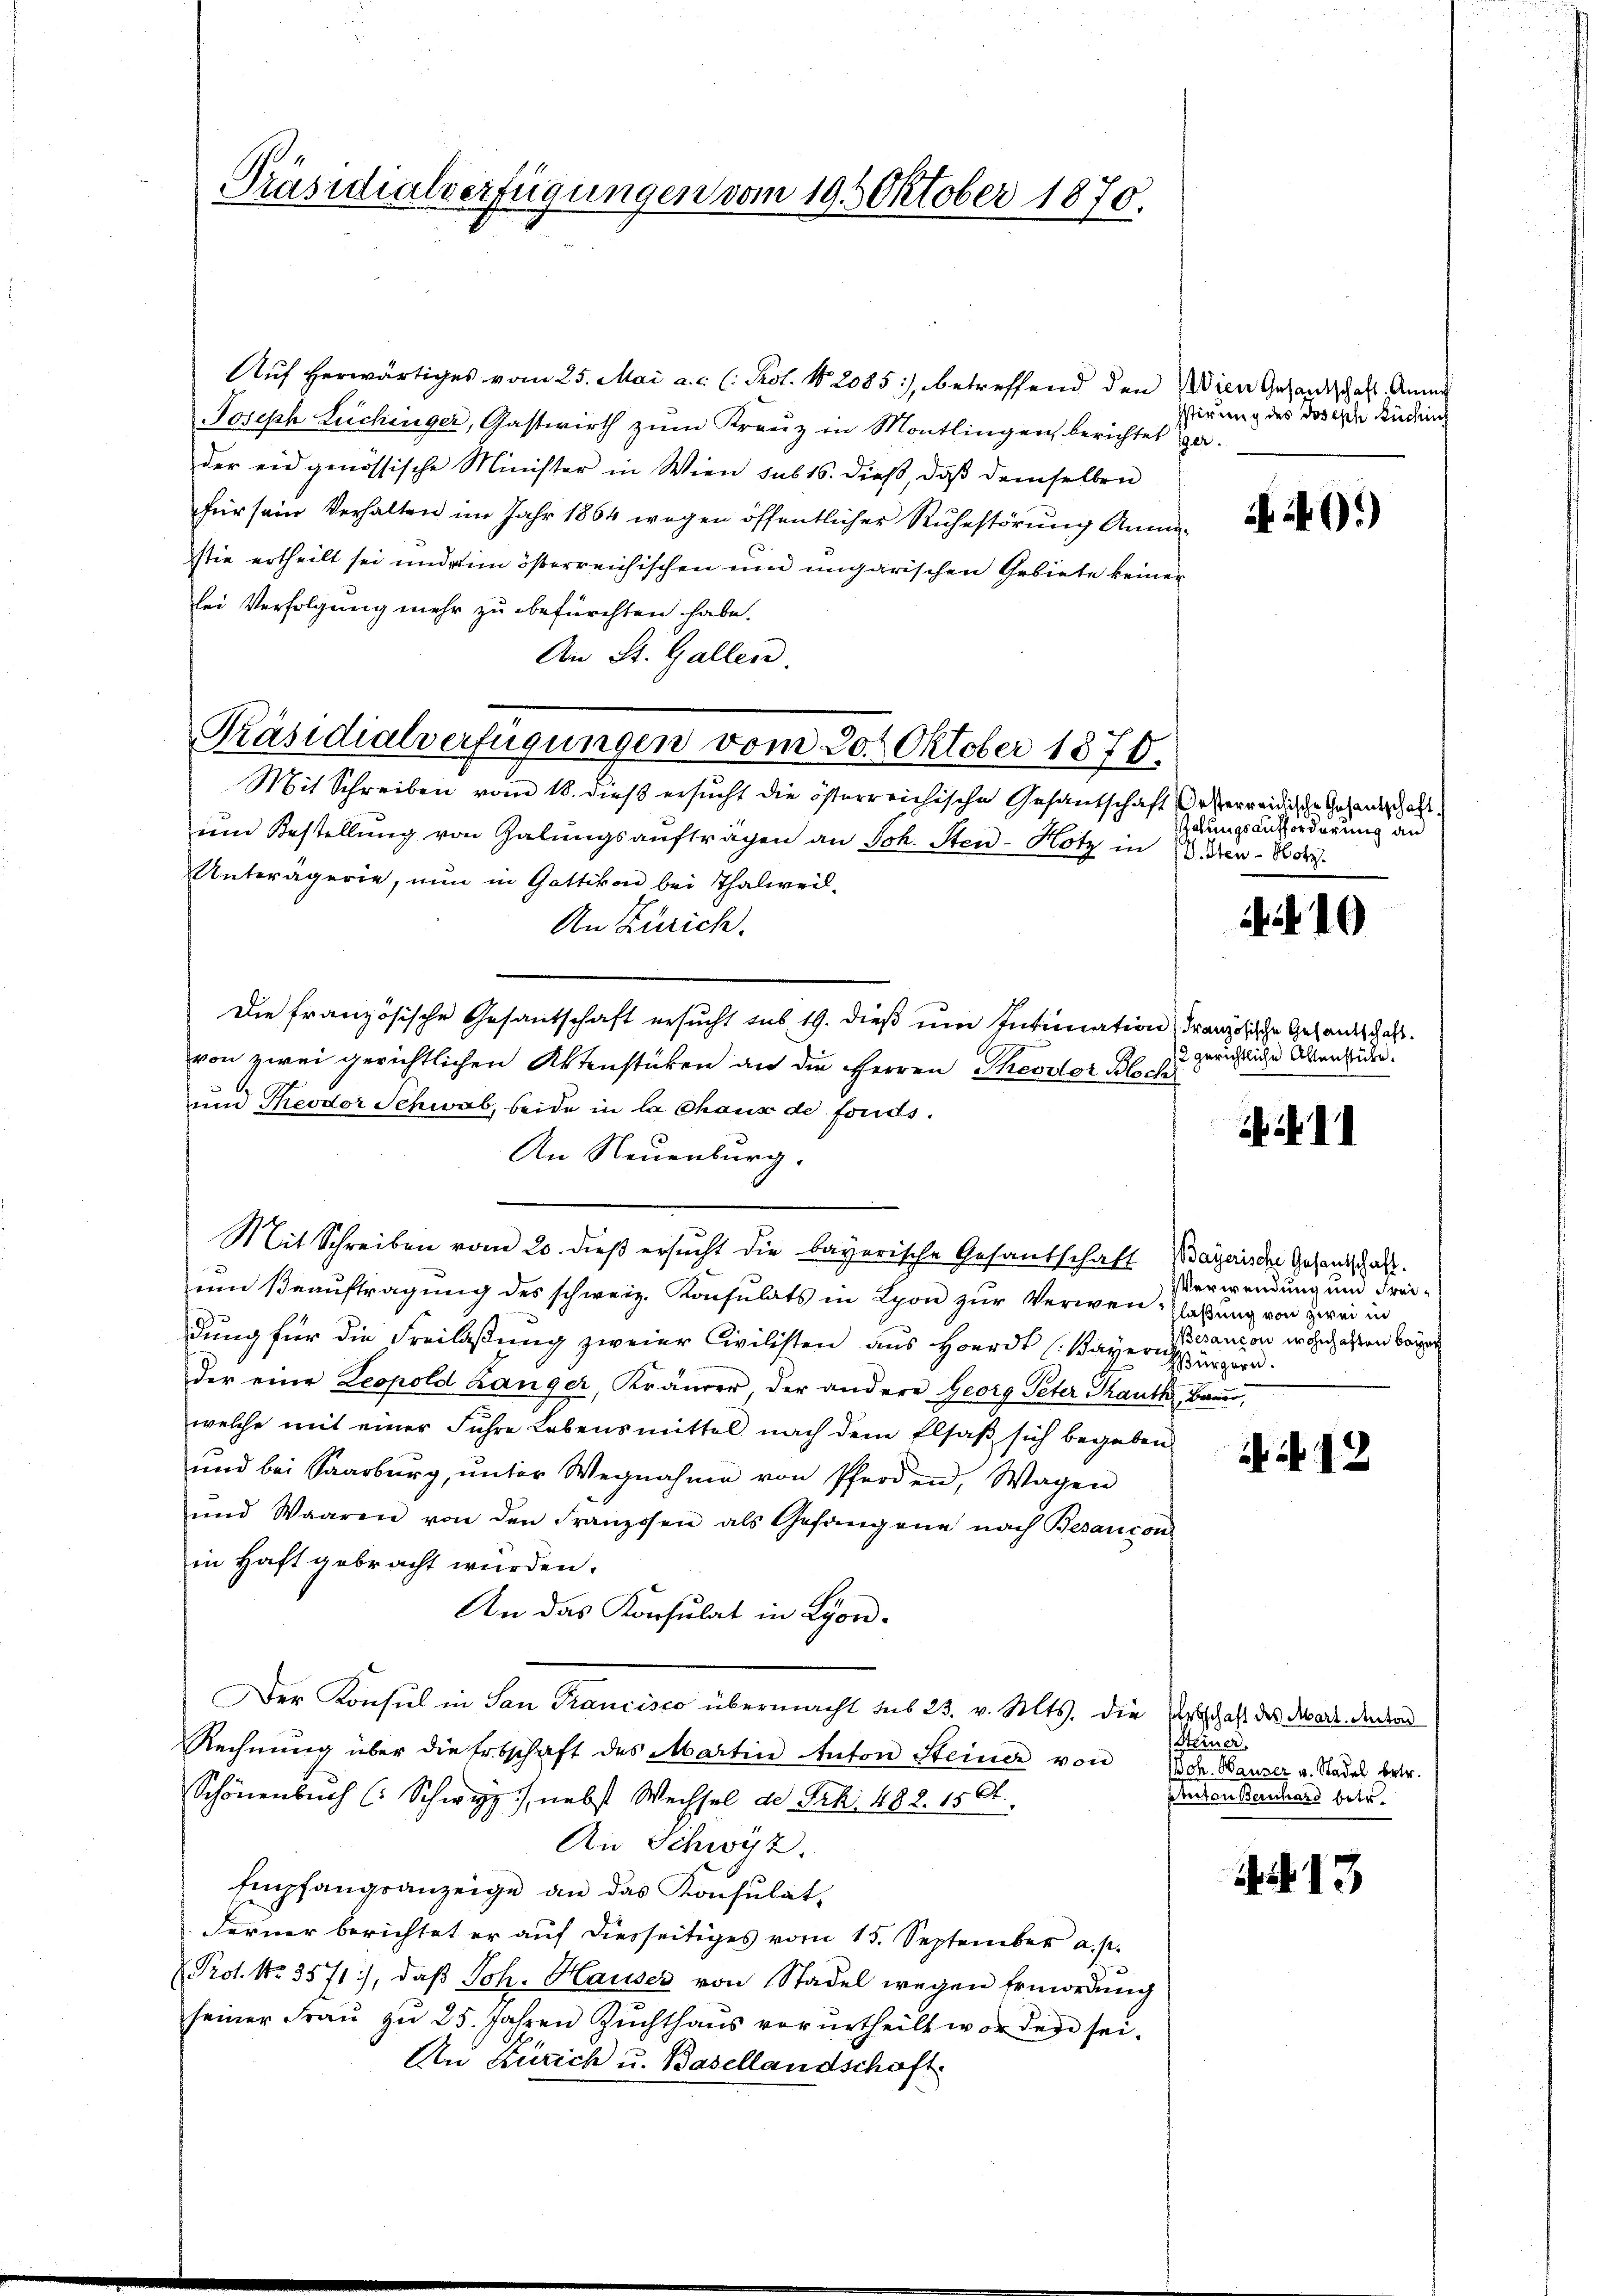
Präsidialverfügungen vom 19. Oktober 1870.

Auf herwärtiges vom 25. Mai a. c. (: Prot. § 2085), betreffend den
Joseph Luchinger, Gastwirth zum Kreuz in Montlingen berichtet
der eidgenössische Minister in Wien sub 16. dieß, daß demselben
für sein Verhalten im Jahr 1864 wegen öffentlicher Ruhestörung Anna
stie ertheilt sei und im österreichischen und ungarischen Gebiete keine
lei Verfolgung mehr zu befürchten habe.
An St. Gallen.
Mit Schreiben vom 18. dieß ersucht die österreichische Gesandschaft
um Bestellung von Galungsaufträgen an Joh. Sten-Hotz in
Unterägerie, nun in Gattikon bei Thalweil¬
An Zürich.
Die französische Gesantschaft ersucht sub 19. dieß um Intimation, Französische Gesandt das
von zwei gerichtlichen Aktenstücken an die Herren Theodor Bloch
und Theodor Schwab, beide in la Chaus de fonds.
An Neuenburg.
Mit Schreiben vom 20. dieβ ersŭcht die bayerische Gesandschaft
ŭm Beaŭftragung des schweiz. Konsulats in Lyon zŭr Verwen-Glaßung von zwei in
dung für die Freilaßung zweier Civilisten aus Hoerdt (Bayerihürgern.
der eine Leopold hänger, Kränzer der andere Georg Peter Sauth, Bauer,
welche mit einer Führe Lebensmittel nach dem Elsaß sich begeben
und bei Saarburg, ŭnter Wegnahme von Pferden, Wagen
ŭnd Waaren von den Franzosen als Gefangene nach Besançon
in Haft gebracht würden.
An das Konsulat in Lyon-
Der Konsul in San Francisco übermacht des 23. v. Mts. die Erbschaft des dat. den kan
Rechnŭng über die Erbschaft des Martin Anton Steiner von Bar. Bauser u. Stadel betr.
Schönenbuch (Schwyz), nebst Wechsel de Frk. 488. 150.
An Schwyz.
Empfangsanzeige an das Konsulat,
Ferner berichtet er auf diesseitiges vom 15. September a. p.
Prot. No. 3571), daβ Joh. Hauser von Stadel wegen Ermordung
seiner Frau zu 25. Jahren Zuchthaus vorurtheilt worden sei.
An Zürich u. Basellandschaft

Präsidialverfügungen vom 20. Oktober 1870.

Wien Gesandschaft. Anna
stirung des Joseph Rücksich
1902.

if. 401)

Oesterreichische Gesantschaft.
Zelungsaufforderung an
V.Sten-Hotz

A 10

2 gerichtliche Allenstücke.
 11

Bayerische Gesandtschaft.
Verwendung und Frei¬
Besancon wohnhaften bayer

412

Steiner.
Anton Bernhard betr.

N. 13

.